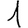
Digit: 1